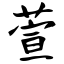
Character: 萱